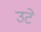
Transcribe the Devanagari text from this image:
उटे